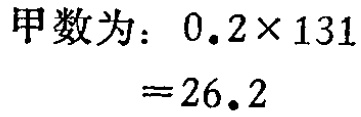
甲数为：\(0.2\times131 = 26.2\)